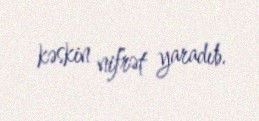
kəskin nifrət yaradıb.